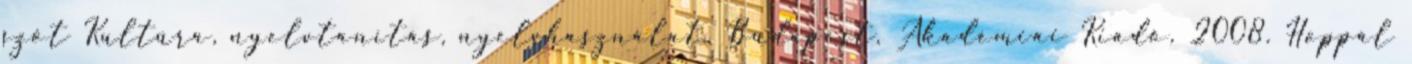
szót Kultúra, nyelvtanítás, nyelvhasználat. Budapest, Akadémiai Kiadó, 2008. Hoppál